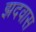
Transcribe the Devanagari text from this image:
झदवास